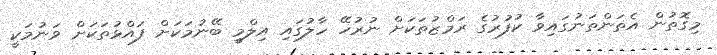
މިގޮތުން އެތަންތަނުގައިވާ ކުފުރުގެ ރަމްޒުތަކަށް ނުރުހޭ ހާލުގައި އިލްމީ ބޭނުމަކަށް ފައްޅުތަކަށް ވަނުމަކީ